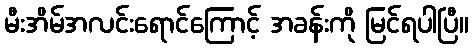
မီးအိမ်အလင်းရောင်ကြောင့် အခန်းကို မြင်ရပါပြီ။